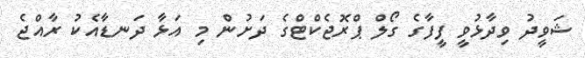
ޝަވީދު ވިދާޅުވީ ފީފާގެ ގޯލް ޕްރޮޖެކްޓްގެ ދަށުން މި އަޅާ ދަނޑާއެކު ރާއްޖެ